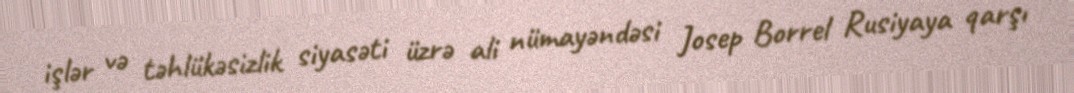
işlər və təhlükəsizlik siyasəti üzrə ali nümayəndəsi Josep Borrel Rusiyaya qarşı